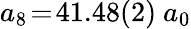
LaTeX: a_{8}\! =\! 41.48(2)~a_{0}